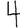
Digit: 4